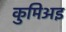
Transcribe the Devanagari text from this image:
कुमिअइ